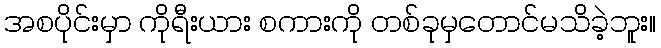
အစပိုင်းမှာ ကိုရီးယား စကားကို တစ်ခုမှတောင်မသိခဲ့ဘူး။